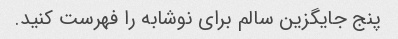
پنج جایگزین سالم برای نوشابه را فهرست کنید.